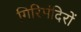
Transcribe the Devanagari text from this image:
गिरिमंदिरों